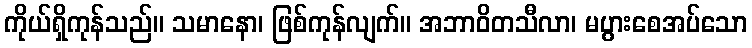
ကိုယ်ရှိကုန်သည်။ သမာနော၊ ဖြစ်ကုန်လျက်။ အဘာဝိတသီလာ၊ မပွားစေအပ်သော